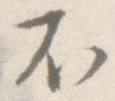
不